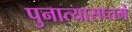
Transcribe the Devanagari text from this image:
पुनात्यासप्तमं